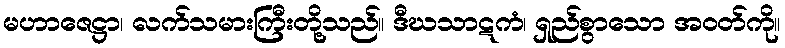
မဟာဇေဋ္ဌာ၊ လက်သမားကြီးတို့သည်။ ဒီဃသာဋကံ၊ ရှည်စွာသော အဝတ်ကို။